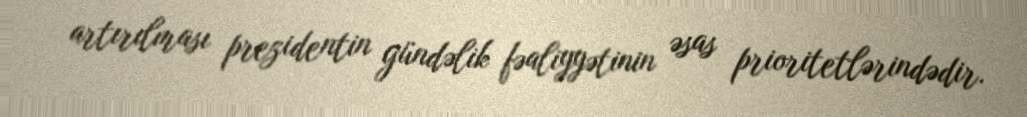
artırılması prezidentin gündəlik fəaliyyətinin əsas prioritetlərindədir.